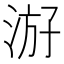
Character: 𰛶